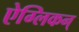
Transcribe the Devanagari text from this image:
ऐग्लिकन्